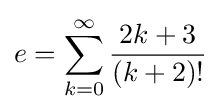
e=\sum _{k=0}^{\infty }{\frac {2k+3}{(k+2)!}}